Vaccination in the Punjab 1897-1904 - 1897-1904
Year: 1897
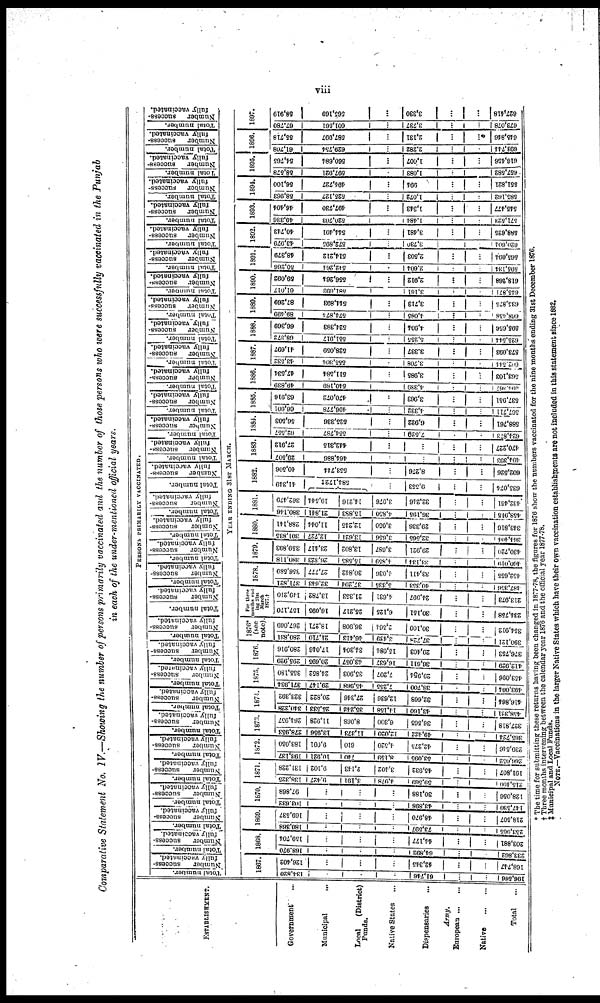
viii
Comparative Statement No. IV.—Showing the number of persons primarily vaccinated and the number of those persons who were successfully vaccinated in the Punjab
in each of the under-mentioned official years.
ESTABLISHMENT.
Government ...
Municipal
...
Local
(District)
Funds.
Native States ...
Dispensaries ...
Army.
European ... ...
Native
...
...
Total ...
PERSONS PRIMARILY VACCINATED.
Total number.
Number
success¬
fully
vaccinated.
Total number.
Number
success¬
fully
vaccinated.
Total number.
Number
success¬
fully
vaccinated.
Total number.
Number
success¬
fully
vaccinated.
Total number.
Number
success¬
fully
vaccinated.
Total number.
Number
success¬
fully
vaccinated.
Total number.
Number
success¬
fully
vaccinated.
Total number.
Number
success¬
fully
vaccinated.
Total number.
Number
success¬
fully
vaccinated.
Total number.
Number success¬
fully vaccinated.
Total number.
Number
success¬
fully
vaccinated.
Total number.
Number
success¬
fully
vaccinated.
Total number.
Number
success¬
fully
vaccinated.
Total number.
Number
success¬
fully
vaccinated.
Total number.
Number
success¬
fully
vaccinated.
Total number.
Number
success¬
fully
vaccinated.
Total number.
Number
success¬
fully
vaccinated.
Total number.
Number
success¬
fully
vaccinated.
Total number.
Number
success¬
fully
vaccinated.
Total number.
Number
success¬
fully
vaccinated.
Total number.
Number success¬
fully vaccinated.
Total number.
Number success¬
fully vaccinated.
Total number.
Number success¬
fully vaccinated.
Total number.
Number success¬
fully vaccinated.
Total number.
Number
success¬
fully
vaccinated.
Total number.
Number
success¬
fully
vaccinated.
Total number.
Number
success¬
fully
vaccinated.
Total number.
Number
success¬
fully
vaccinated.
Total number.
Number
success¬
fully
vaccinated.
Total number.
Number
success¬
fully
vaccinated.
Total number.
Number
success¬
fully
vaccinated.
Total number.
Number
success¬
fully
vaccinated.
YEAR ENDING 31ST MARCH.
1867.
134,820
...
...
...
61,746
...
...
196,566
126,402
...
...
...
42,345
...
...
168,747
1868.
168,970
...
...
...
64,892
...
...
233,862
159,704
...
...
...
44,177
...
...
203,881
1869.
180,368
...
...
...
73,597
...
...
253,965
169,537
...
...
...
48,970
...
...
218,507
1870.
103,632
...
...
...
43,898
...
...
147,530
97,868
...
...
...
30,188
...
...
128,050
1871.
138,325
9,427
3,191
4,978
59,569
...
...
215,450
131,228
9,102
2,143
3,402
45,932
...
...
191,807
1872.
193,137
10,921
740
8,159
53,095
...
...
266,052
183,050
9,091
610
4,520
42,275
...
...
239,546
1873.
278,953
13,956
11,373
12,020
49,422
...
...
365,724
264,957
11,928
8,068
6,300
36,565
...
...
327,818
1874.
340,228
25,533
35,242
14,158
43,160
...
...
458,321
323,392
20,822
27,346
12,636
32,668
...
...
416,864
1875.
371,934
20,147
45,968
7,255
38,700
...
...
493,004
355,180
24,852
35,903
7,207
29,954
...
...
453,096
1876.
295, 929
20,695
43,057
16,637
36,611
...
...
412,929
280, 916
17,046
34,304
15,084
29,403
...
...
376,753
1876*
(see
note).
280,831
21,710
46,413
3,439
37,728
...
...
390,121
267,069
18,271
36,908
2,564
30,100
...
...
354,912
For three
months end¬
ing 31st
March
1877.†
157,170
16,095
25,217
6,125
30,151
...
...
234,758
149,210
13,782
21,353
4,631
24,997
...
...
213,973
1878.
371,821
32,643
37,204
5,335
40,353
...
...
487,356
356,589
27,777
30,842
4,036
33,411
...
...
452,655
1879.
380,118
26,323
15,585
4,859
33,134
...
...
460,019
359,893
23,417
13,802
3, 687
29,921
...
...
430,720
1880.
301,835
12,727
13,621
3,656
32, 565
...
...
364,404
288,141
11,044
12,245
3,050
29,336
...
...
343,816
1881.
380.146
21,841
15,883
4,850
36,195
...
...
458,915
362,479
19,544
14,216
3,076
32,246
...
...
432,461
1882.
41,349
584,172†
...
9,553
...
...
635,074
40,506
553,744
...
8,276
...
...
602,526
1883.
29,507
464,886
...
...
...
494,393
27,912
442,315
...
...
...
470,227
1884.
62,557
554,787
...
7,529
...
...
624,873
56,503
525,336
...
6,922
...
...
588,761
1885.
66,601
496,778
...
4,332
...
...
567,711
63,916
470,072
...
3,963
...
...
537,951
1886.
49,839
540,189
...
4,339
...
...
694,367
47,534
511,584
...
3,985
...
...
563,103
1887.
43,532
555,304
...
3,708
...
...
602,544
41,697
528,059
...
3,337
...
...
573,093
1888.
68,372
551,917
...
5,255
...
...
625,544
66,369
524,383
...
4,904
...
...
595,656
1889.
89,499
574,874
...
4,085
...
...
668,458
87,269
544,893
...
3,713
...
...
635,875
1890.
61,017
581,693
...
3,161
...
...
645,871
69,092
556,264
...
2,912
...
...
618,268
1891.
50,266
542,264
...
2,604
...
...
595,134
48,379
514,212
...
2,503
...
...
565,094
1892.
43, 979
572,895
...
3,730
...
...
620,604
40,743
544,401
...
3,481
...
...
588,625
1893.
49,336
520,703
...
1,484
...
...
571,523
46,404
497,730
...
1,343
...
...
545,477
1894.
58, 963
525,127
...
1,072
...
...
585,162
56, 100
494,727
...
994
...
...
551,821
1895.
58,578
597,921
...
1,083
...
...
667,582
54,765
560,684
...
1,007
...
...
616,456
1896.
61,708
629,754
...
2,282
...
...
693,744 |
55,718
587,997
...
2,131
...
...
645,846
1897.
67,780
601,561
...
3,737
...
...
673,078
58,919
565,169
...
3,330
...
...
627,418
* The time for submitting these returns having been changed in 1877-78, the figures for 1876 show the numbers vaccinated for the nine months ending 31st December 1876.
† Three months intervening between the calendar year 1876 and the official year 1877-78.
‡ Municipal and Local Funds.
NOTE.—Vaccinations in the larger Native States which have their own vaccination establishments are not included in this statement since 1882.